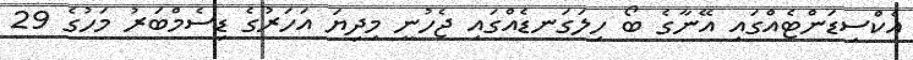
އެކްސިޑަންޓެއްގައި އޭނާގެ ބޯ ހިލަގަނޑެއްގައި ޖެހުނީ މިދިޔަ އަހަރުގެ ޑިސެމްބަރު މަހުގެ 29